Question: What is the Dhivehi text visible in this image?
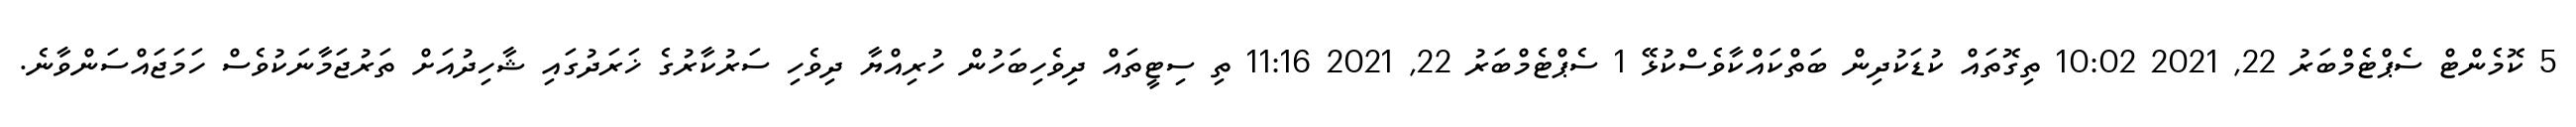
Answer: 5 ކޮމެންޓް ސެޕްޓެމްބަރު 22, 2021 10:02 ތިގޮތައް ކުޑަކުދިން ބަތްކައްކާވެސްކުޅޭ 1 ސެޕްޓެމްބަރު 22, 2021 11:16 ތި ސިޓީތައް ދިވެހިބަހުން ހުރިއްޔާ ދިވެހި ސަރުކާރުގެ ޚަރަދުގައި ޝާހިދުއަށް ތަރުޖަމާނަކުވެސް ހަމަޖައްސަންވާނެ.